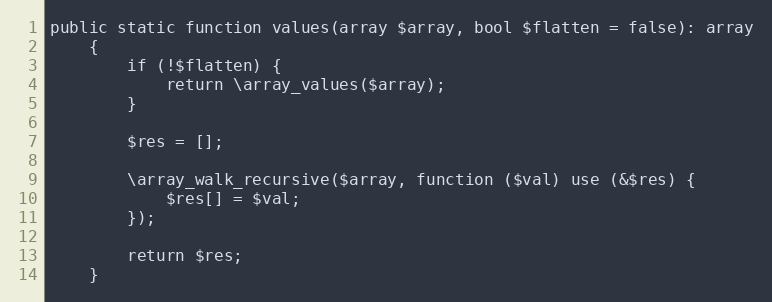
Language: PHP
public static function values(array $array, bool $flatten = false): array
    {
        if (!$flatten) {
            return \array_values($array);
        }

        $res = [];

        \array_walk_recursive($array, function ($val) use (&$res) {
            $res[] = $val;
        });

        return $res;
    }